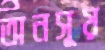
অনসূয়